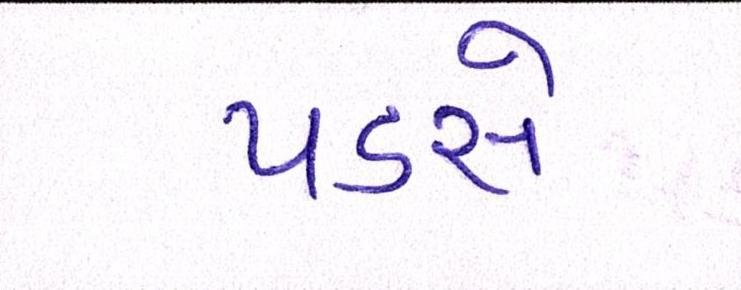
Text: પડસે